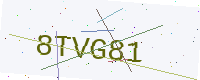
Text: 8TVG81